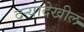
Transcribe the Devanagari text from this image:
दर्‍यादेखील